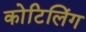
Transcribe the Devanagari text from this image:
कोटिलिंग